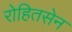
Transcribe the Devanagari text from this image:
रोहितसेन